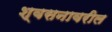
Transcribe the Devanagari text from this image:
श्वसनावरील